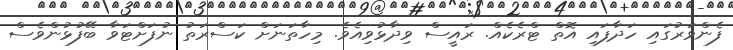
ފެންވަރުގައި ހަދާފައި އޮތް ޓްރެކެއް. ރައީސް ވިދާޅުވިއެވެ. މިހާތަނަށް ކަސްރަތު ނުފަށްޓަވާ ބޭފުޅުންވެސް